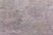
ريدج